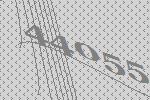
44055